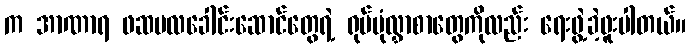
က အာဏာရ ဖဆပလခေါင်းဆောင်တွေရဲ့ ရုပ်ပုံလွှာစာတွေကိုလည်း ရေးဖွဲ့ခဲ့ဖူးပါတယ်။